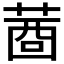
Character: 𦴖